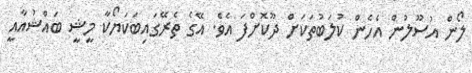
ލޯން އުސޫލުން އެހެން ކުލަބުތަކަށް ދޫކޮށްފަ އެވެ. އޭގެ ތެރޭގައިބަކަޔޯކާ މީޝީ ބައްޝުއާއީ